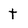
Character: t